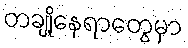
တချို့နေရာတွေမှာ